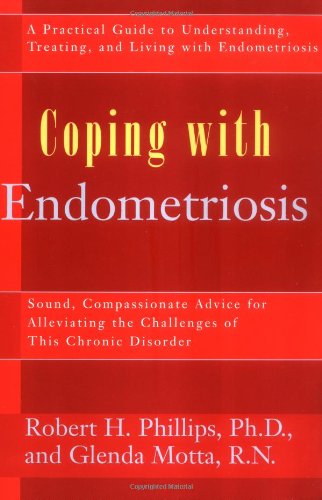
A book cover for Coping with Endometriosis: A Practical Guide; Robert Phillips; Health, Fitness & Dieting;